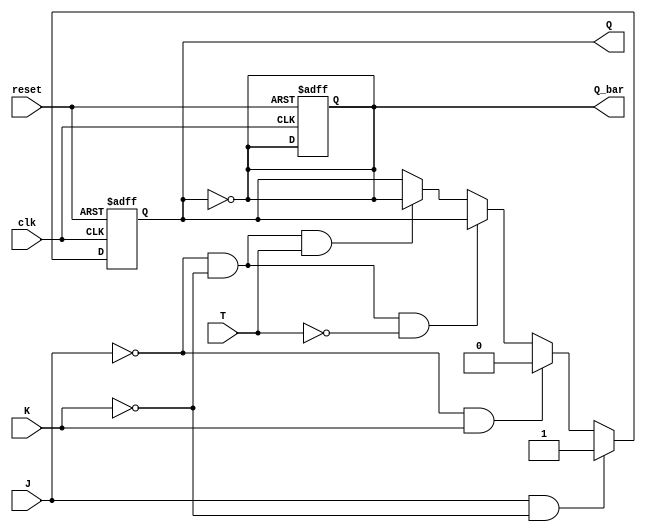
module T_FF_with_JK (
    input  wire clk,
    input  wire reset,
    input  wire J,
    input  wire K,
    input  wire T,
    output reg Q,
    output reg Q_bar
);

always @(posedge clk or posedge reset) begin
    if (reset) begin
        Q <= 1'b0;
        Q_bar <= 1'b1;
    end else begin
        if (J && ~K) begin
            Q <= 1'b1;
        end else if (~J && K) begin
            Q <= 1'b0;
        end else if (~J && ~K && ~T) begin
            // do nothing
        end else if (~J && ~K && T) begin
            Q <= ~Q;
        end
    end
end

assign Q_bar = ~Q;

endmodule